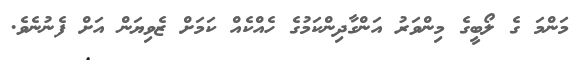
މަންމަ ގެ ލޯބީގެ މިންވަރު އަންގާދިންކަމުގެ ހެއްކެއް ކަމަށް ޒެވިޔަން އަށް ފެނުނެވެ.